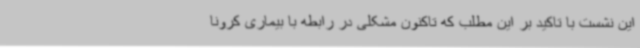
این نشست با تاکید بر این مطلب که تاکنون مشکلی در رابطه با بیماری کرونا